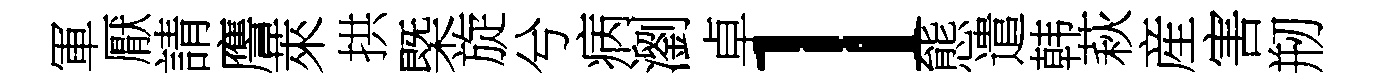
軍厭請譍萊拱㮣旋兮病瀏卓l態遣韩萩産害剏